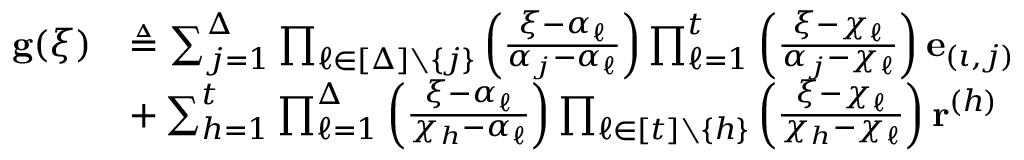
\begin{array} { r l } { \mathbf { g } ( \xi ) } & { \triangleq \sum _ { j = 1 } ^ { \Delta } \prod _ { \ell \in [ \Delta ] \setminus \{ j \} } \left( \frac { \xi - \alpha _ { \ell } } { \alpha _ { j } - \alpha _ { \ell } } \right) \prod _ { \ell = 1 } ^ { t } \left( \frac { \xi - \chi _ { \ell } } { \alpha _ { j } - \chi _ { \ell } } \right) \mathbf { e } _ { ( \iota , j ) } } \\ & { + \sum _ { h = 1 } ^ { t } \prod _ { \ell = 1 } ^ { \Delta } \left( \frac { \xi - \alpha _ { \ell } } { \chi _ { h } - \alpha _ { \ell } } \right) \prod _ { \ell \in [ t ] \setminus \{ h \} } \left( \frac { \xi - \chi _ { \ell } } { \chi _ { h } - \chi _ { \ell } } \right) \mathbf { r } ^ { ( h ) } } \end{array}